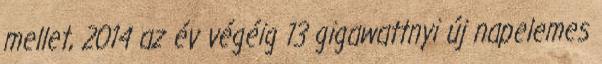
mellet, 2014 az év végéig 13 gigawattnyi új napelemes